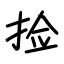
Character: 捡